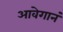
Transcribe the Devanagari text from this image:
आवेगानं